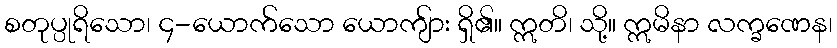
စတုပ္ပုရိသော၊ ၄-ယောက်သော ယောကျ်ား ရှိ၏။ ဣတိ၊ သို့။ ဣမိနာ လက္ခဏေန၊